Insane asylums in Bengal annual reports 1867-1875 - 1867-1875
Year: 1867
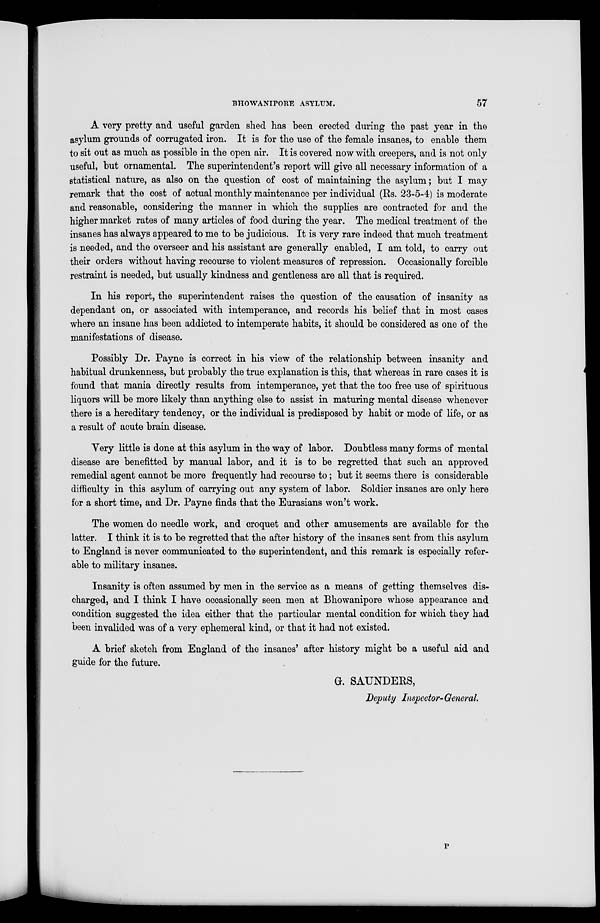
BHOWANIPORE ASYLUM.
57
A very pretty and useful garden shed has been erected during the past year in the
asylum grounds of corrugated iron. It is for the use of the female insanes, to enable them
to sit out as much as possible in the open air. It is covered now with creepers, and is not only
useful, but ornamental. The superintendent's report will give all necessary information of a
statistical nature, as also on the question of cost of maintaining the asylum; but I may
remark that the cost of actual monthly maintenance per individual (Rs. 23-5-4) is moderate
and reasonable, considering the manner in which the supplies are contracted for and the
higher market rates of many articles of food during the year. The medical treatment of the
insanes has always appeared to me to be judicious. It is very rare indeed that much treatment
is needed, and the overseer and his assistant are generally enabled, I am told, to carry out
their orders without having recourse to violent measures of repression. Occasionally forcible
restraint is needed, but usually kindness and gentleness are all that is required.
In his report, the superintendent raises the question of the causation of insanity as
dependant on, or associated with intemperance, and records his belief that in most cases
where an insane has been addicted to intemperate habits, it should be considered as one of the
manifestations of disease.
Possibly Dr. Payne is correct in his view of the relationship between insanity and
habitual drunkenness, but probably the true explanation is this, that whereas in rare cases it is
found that mania directly results from intemperance, yet that the too free use of spirituous
liquors will be more likely than anything else to assist in maturing mental disease whenever
there is a hereditary tendency, or the individual is predisposed by habit or mode of life, or as
a result of acute brain disease.
Very little is done at this asylum in the way of labor. Doubtless many forms of mental
disease are benefitted by manual labor, and it is to be regretted that such an approved
remedial agent cannot be more frequently had recourse to; but it seems there is considerable
difficulty in this asylum of carrying out any system of labor. Soldier insanes are only here
for a short time, and Dr. Payne finds that the Eurasians won't work.
The women do needle work, and croquet and other amusements are available for the
latter. I think it is to be regretted that the after history of the insanes sent from this asylum
to England is never communicated to the superintendent, and this remark is especially refer-
able to military insanes.
Insanity is often assumed by men in the service as a means of getting themselves dis-
charged, and I think I have occasionally seen men at Bhowanipore whose appearance and
condition suggested the idea either that the particular mental condition for which they had
been invalided was of a very ephemeral kind, or that it had not existed.
A brief sketch from England of the insanes' after history might be a useful aid and
guide for the future.
G. SAUNDERS,
Deputy Inspector-General.
P